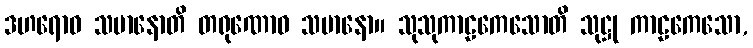
ဒဟရောဝ သမာနောတိ တရုဏောဝ သမာနော။ သုသုကာဠကေသောတိ သုဋ္ဌု ကာဠကေသော,